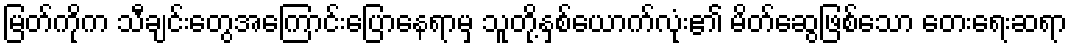
မြတ်ကိုက သီချင်းတွေအကြောင်းပြောနေရာမှ သူတို့နှစ်ယောက်လုံး၏ မိတ်ဆွေဖြစ်သော တေးရေးဆရာ